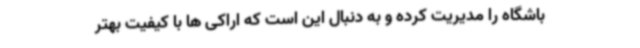
باشگاه را مدیریت کرده و به دنبال این است که اراکی ها با کیفیت بهتر